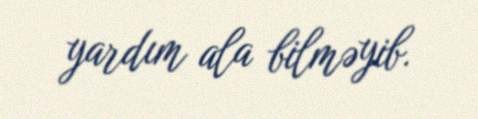
yardım ala bilməyib.